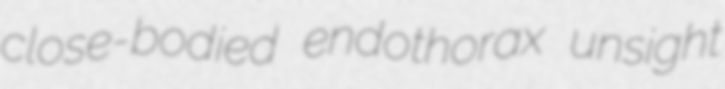
close-bodied endothorax unsight